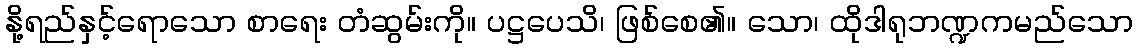
နို့ရည်နှင့်ရောသော စာရေး တံဆွမ်းကို။ ပဋ္ဌပေသိ၊ ဖြစ်စေ၏။ သော၊ ထိုဒါရုဘဏ္ဍကမည်သော